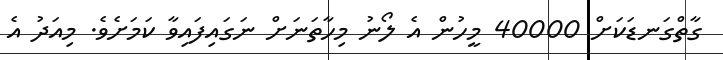
ގާތްގަނޑަކަށް 40000 މީހުން އެ ލޯނު މިހާތަނަށް ނަގައިފައިވާ ކަމަށެވެ. މިއަދު އެ